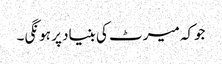
جوکہ میرٹ کی بنیاد پر ہونگی۔